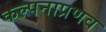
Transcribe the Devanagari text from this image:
कल्पनाप्रणव